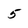
Character: 5